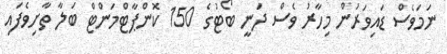
ނަމަވެސް ޑައިވަރުން މިހާރު ވެސް ދަނީ ބޯޓުގެ 150 ކޮންޕާޓްމަންޓް ބަލާ ތާށިވެފައި